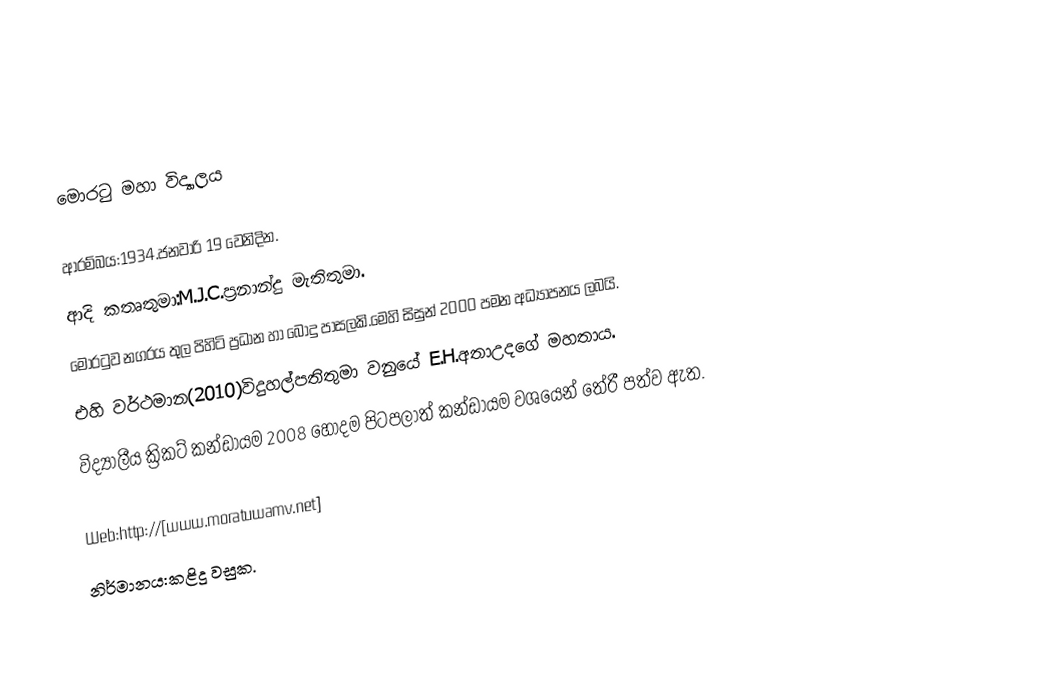

මොරටු මහා විද්‍යාලය

ආරම්බය:1934.ජනවාරි 19 වෙනිදින.
ආදි කතෘතුමා:M.J.C.ප්‍රනාන්දු මැතිතුමා.
‍‍‍‍මොරටුව නගරය තුල පිහිටි ප්‍රධාන හා බොදු පාසලකි.මෙහි සිසුන් 2000 පමන අධ්‍යාපනය ලබයි.
එහි වර්ථමාන(2010)විදුහල්පතිතුමා වනුයේ E.H.අතාඋදගේ  මහතාය.
විද්‍යාලීය ක්‍රිකට් කන්ඩායම 2008 හොදම පිටපලාත් කන්ඩායම වශයෙන් තේරී පත්ව ඇත.

Web:http://[www.moratuwamv.net]
නිර්මානය:කළිදු වසුක.